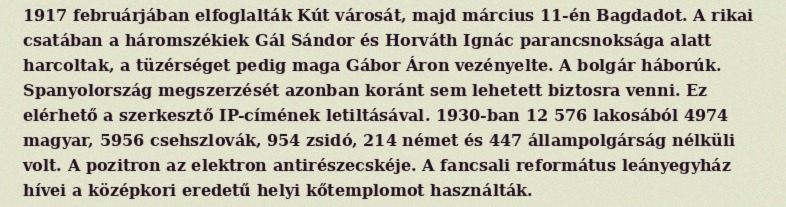
1917 februárjában elfoglalták Kút városát, majd március 11-én Bagdadot. A rikai csatában a háromszékiek Gál Sándor és Horváth Ignác parancsnoksága alatt harcoltak, a tüzérséget pedig maga Gábor Áron vezényelte. A bolgár háborúk. Spanyolország megszerzését azonban koránt sem lehetett biztosra venni. Ez elérhető a szerkesztő IP-címének letiltásával. 1930-ban 12 576 lakosából 4974 magyar, 5956 csehszlovák, 954 zsidó, 214 német és 447 állampolgárság nélküli volt. A pozitron az elektron antirészecskéje. A fancsali református leányegyház hívei a középkori eredetű helyi kőtemplomot használták.